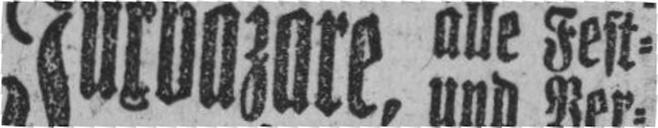
Juxbazare, alle Fest=